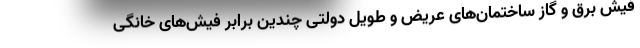
فیش برق و گاز ساختمان‌های عریض و طویل دولتی چندین برابر فیش‌های خانگی